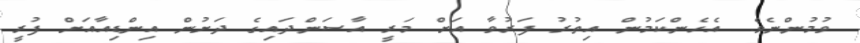
ވުމުންނެވެ. އެހެންކަމުން އިތުރު ފަރުވާ އަށް މަރީ އާސަންދައިގެ ދަށުން އިންޑިއާއަށް ފުރީ